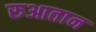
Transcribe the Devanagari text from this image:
रुआतान